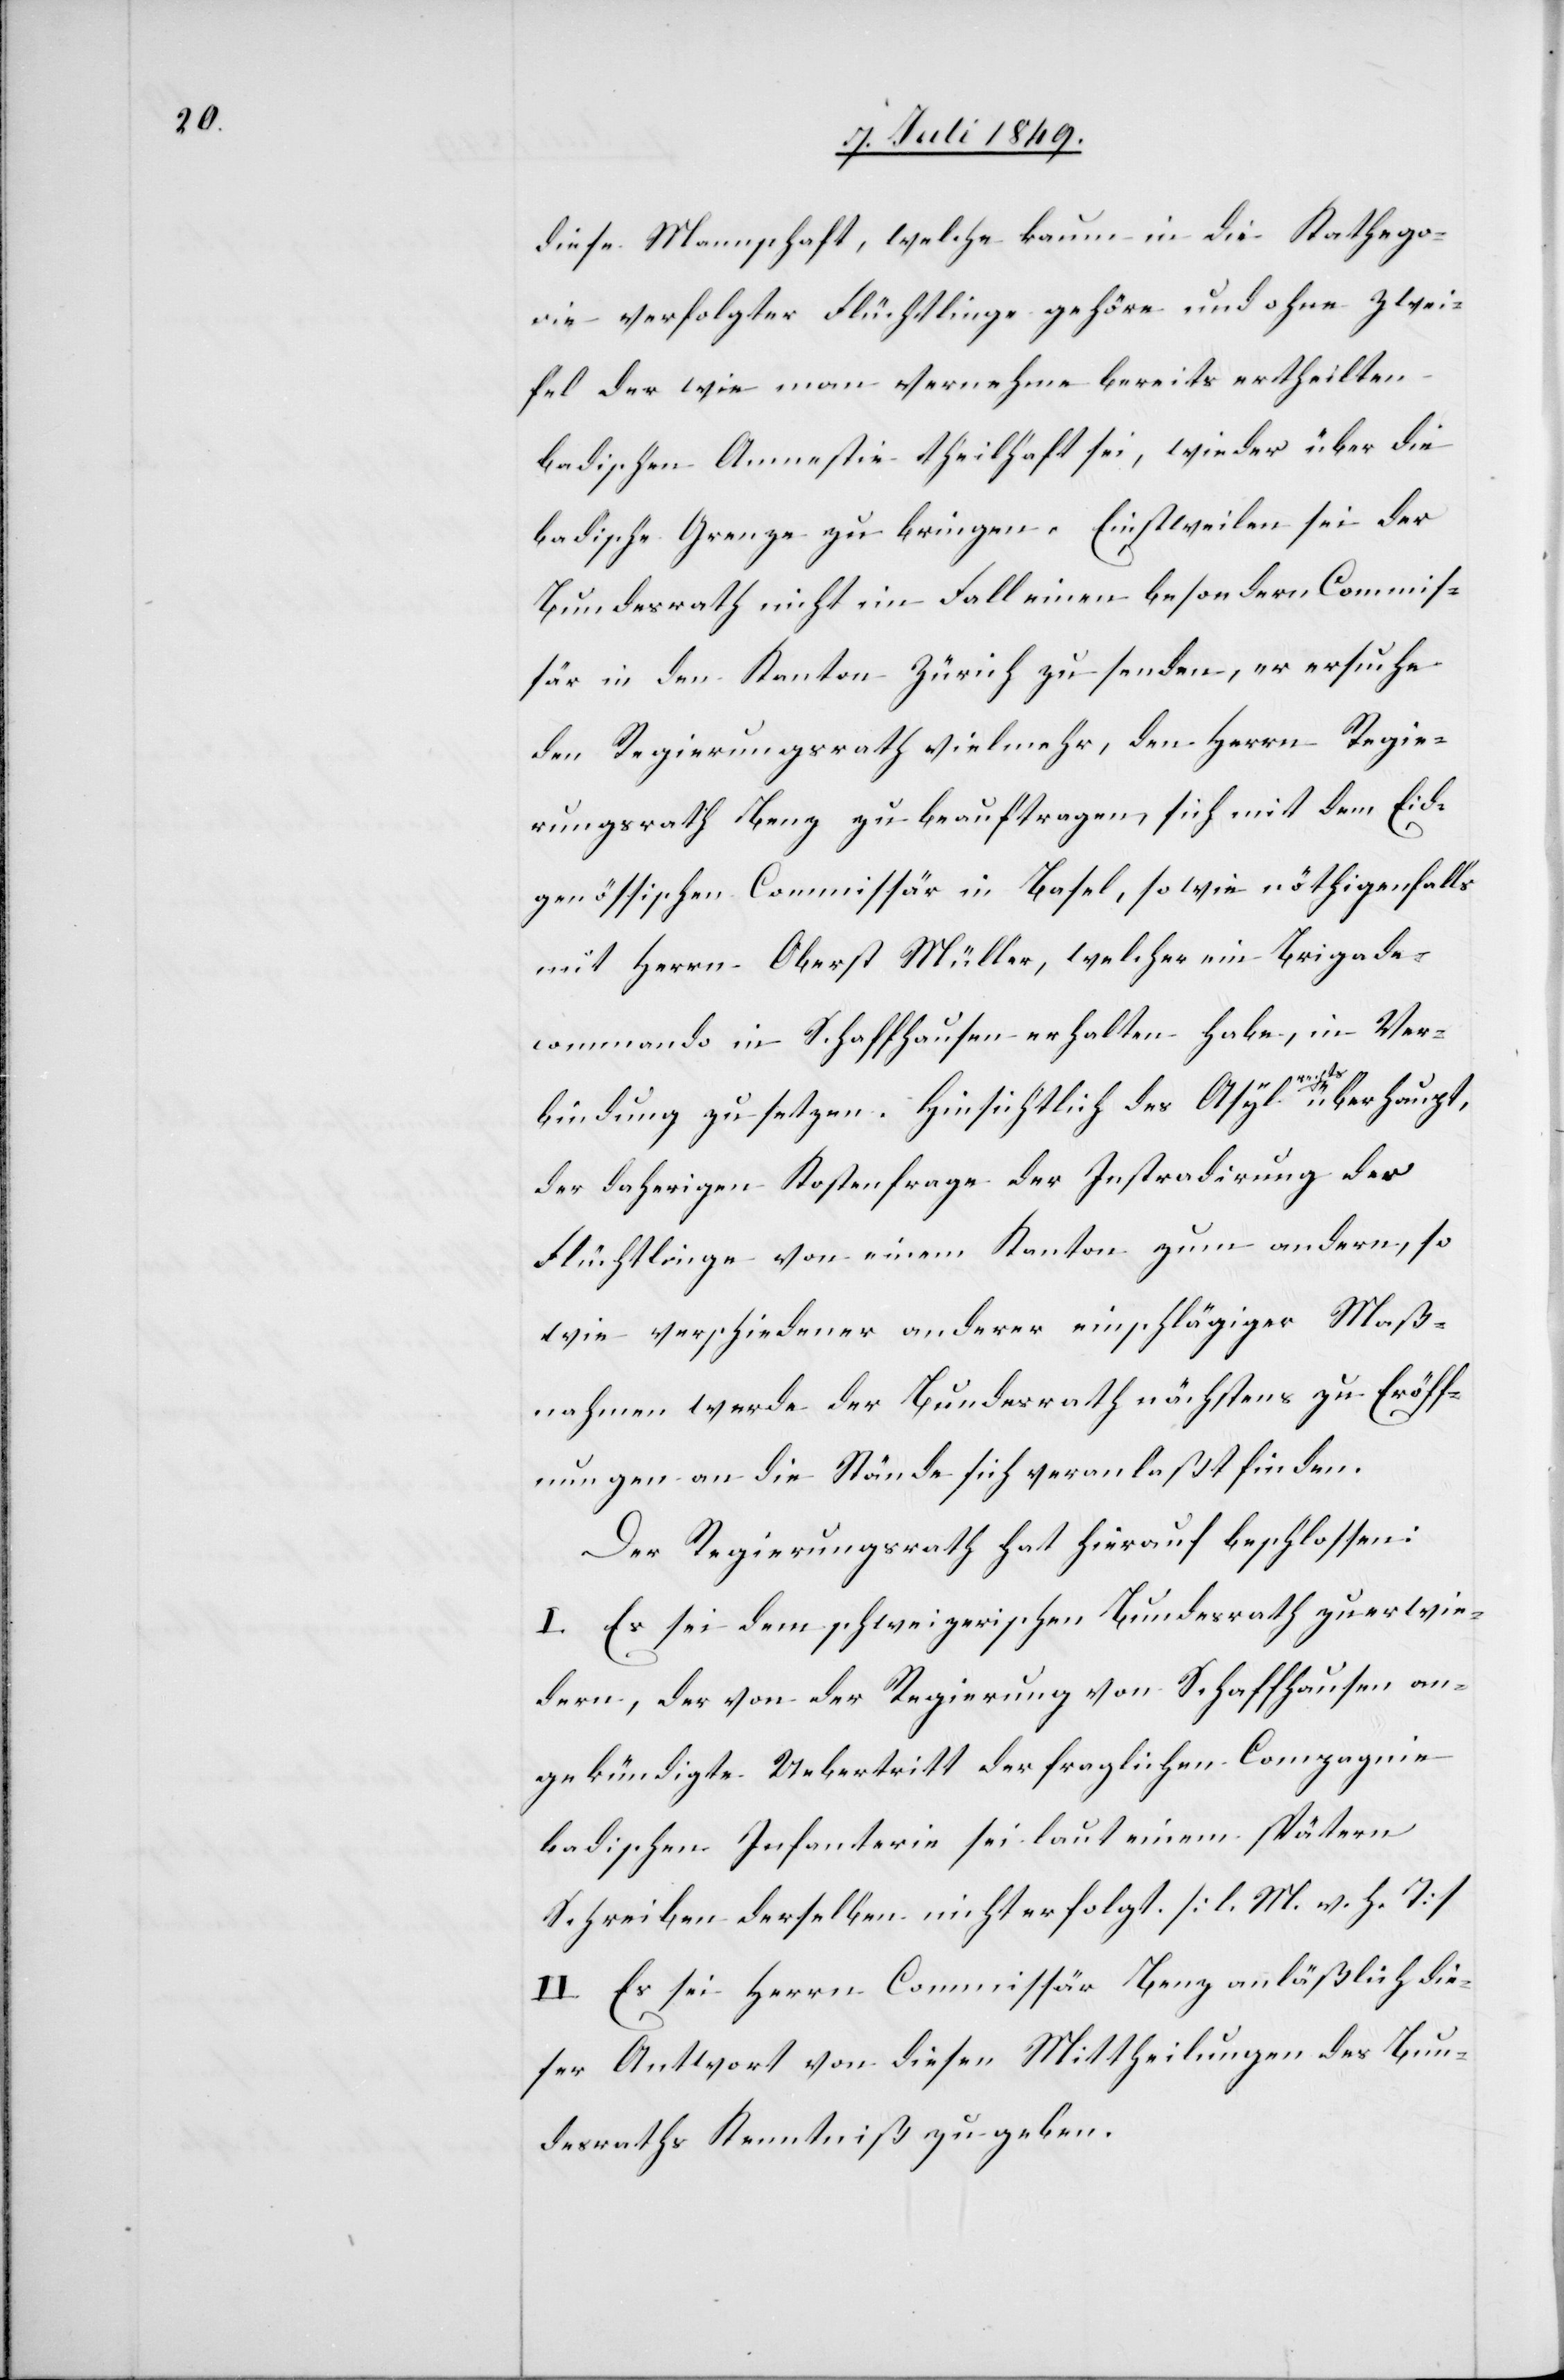
diese Mannschaft, welche kaum in die Kathego¬
rie verfolgter Flüchtlinge gehöre und ohne Zwei¬
fel der wie man vernehme bereits ertheilten
badischen Amnestie theilhaft sei, wieder über die
badische Grenze zu bringen. Einstweilen sei der
Bundesrath nicht im Fall einen besondern Commis¬
sär in den Kanton Zürich zu senden, er ersuche
den Regierungsrath vielmehr, den Herrn Regie¬
rungsrath Benz zu beauftragen, sich mit dem Eid¬
genössischen Commissär in Basel, so wie nöthigenfalls
mit Herrn Oberst Müller, welcher ein Brigade¬
commando in Schaffhausen erhalten habe, in Ver¬
bindung zu setzen. Hinsichtlich des Asylrechts überhaupt,
der daherigen Kostenfrage der Instradirung der
Flüchtlinge von einem Kanton zum andern, so
wie verschiedener anderer einschlägiger Maß¬
nahmen werde der Bundesrath nächstens zu Eröff¬
nungen an die Stände sich veranlaßt finden.
Der Regierungsrath hat hierauf beschlossen:
I. Es sei dem schweizerischen Bundesrath zu erwie¬
dern, der von der Regierung von Schaffhausen an¬
gekündigte Uebertritt der fraglichen Compagnie
badischer Infanterie sei laut einem spätern
Schreiben derselben nicht erfolgt. [l. M. v. h. T]
II. Es sei Herrn Commissär Benz anläßlich die¬
ser Antwort von diesen Mittheilungen des Bun¬
desraths Kenntniß zu geben.